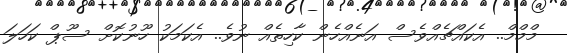
މްމްމް.. އެކައްޗެއްވެސް އަނެއްހެން ކާހިތެއް ނުވެ.. އެކަމަކު ހޫނުކޮށް ސޫޕް ކަހަލަ